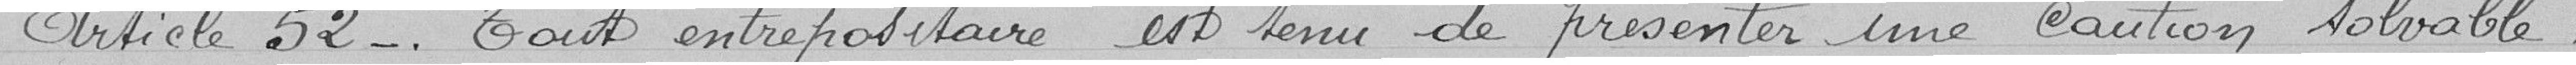
Article 52: tout entrepositaire est tenu de présenter une caution solvable,